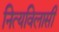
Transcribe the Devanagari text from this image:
नित्यविलासी